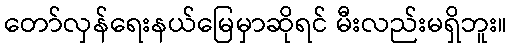
တော်လှန်ရေးနယ်မြေမှာဆိုရင် မီးလည်းမရှိဘူး။